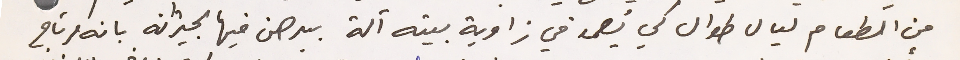
من الطعام ليال طوال كي يُصمد في زاوية بيته آلة برهن فيها لجيرانه بانه مرتاح